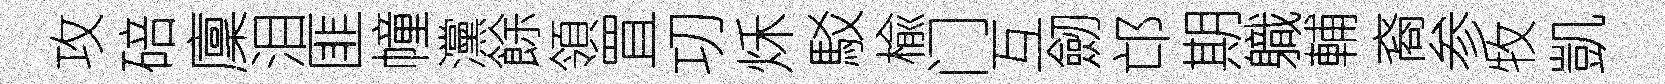
攻碚廩泪匪幢灙餘領罝㓛秌駁楡门互劒邙期軄輔裔参牧凱